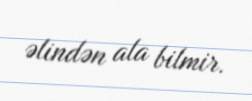
əlindən ala bilmir.